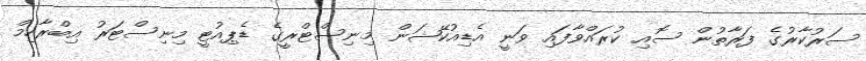
ސަރުކާރުގެ ފަރާތުން ސޮއި ކުރައްވާފައި ވަނީ އެޑިއުކޭޝަން މިނިސްޓްރީގެ ޑެޕިއުޓީ މިނިސްޓަރު އިބްރާހިމް